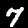
Label: 7